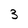
Character: 3